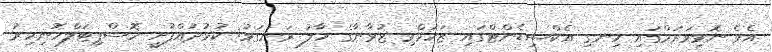
އެވެ ނޮޅިވަރަމްގައި ހިނގި އެކްސިޑެންޓްގައި ޒަހަމްވި ޒުވާނާގެ ހާލު ރަނގަޅު: ކުޅުދުއްފުށީ ހޮސްޕިޓަލްހޮނިހިރު